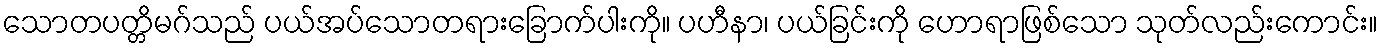
သောတပတ္တိမဂ်သည် ပယ်အပ်သောတရားခြောက်ပါးကို။ ပဟီနာ၊ ပယ်ခြင်းကို ဟောရာဖြစ်သော သုတ်လည်းကောင်း။